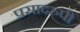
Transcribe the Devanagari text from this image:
प्रसादरुपी